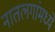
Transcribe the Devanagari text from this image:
नातलगांमध्ये